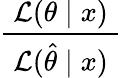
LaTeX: \frac{~{\mathcal{L}}(\theta\mid x)~}{~{\mathcal{L}}({\hat{\theta}}\mid x)~}